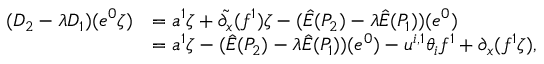
\begin{array} { r l } { ( D _ { 2 } - \lambda D _ { 1 } ) ( e ^ { 0 } \zeta ) } & { = a ^ { 1 } \zeta + \tilde { { \partial } _ { x } } ( f ^ { 1 } ) \zeta - ( \hat { E } ( P _ { 2 } ) - \lambda \hat { E } ( P _ { 1 } ) ) ( e ^ { 0 } ) } \\ & { = a ^ { 1 } \zeta - ( \hat { E } ( P _ { 2 } ) - \lambda \hat { E } ( P _ { 1 } ) ) ( e ^ { 0 } ) - u ^ { i , 1 } \theta _ { i } f ^ { 1 } + { \partial } _ { x } ( f ^ { 1 } \zeta ) , } \end{array}